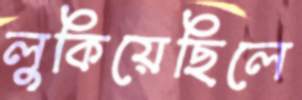
লুকিয়েছিলে